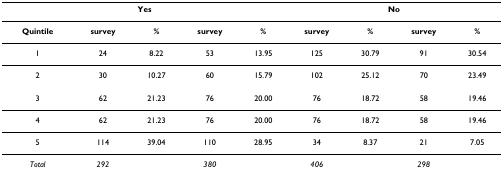
| <COLSPAN=5> Yes | <COLSPAN=4> No |
 | --- | --- | --- | --- | --- | --- | --- | --- | --- |
 | Quintile | survey | % | survey | % | survey | % | survey | % |
 | 1 | 24 | 8.22 | 53 | 13.95 | 125 | 30.79 | 91 | 30.54 |
 | 2 | 30 | 10.27 | 60 | 15.79 | 102 | 25.12 | 70 | 23.49 |
 | 3 | 62 | 21.23 | 76 | 20.00 | 76 | 18.72 | 58 | 19.46 |
 | 4 | 62 | 21.23 | 76 | 20.00 | 76 | 18.72 | 58 | 19.46 |
 | 5 | 114 | 39.04 | 110 | 28.95 | 34 | 8.37 | 21 | 7.05 |
 | Total | 292 |  | 380 |  | 406 |  | 298 |  |